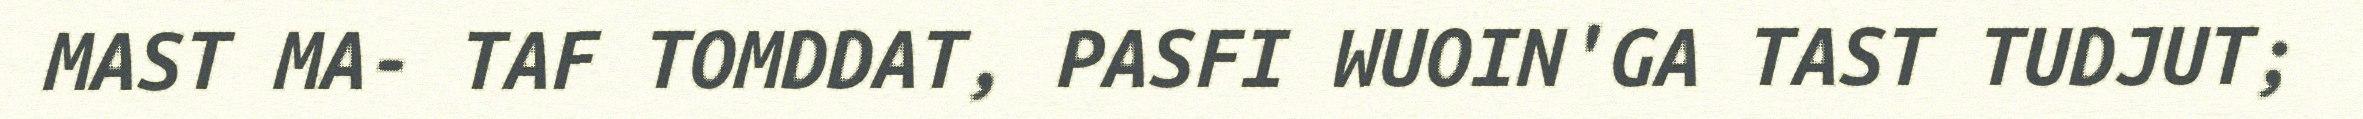
MAST MA- TAF TOMDDAT, PASFI WUOIN'GA TAST TUDJUT;